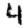
Digit: 4